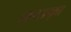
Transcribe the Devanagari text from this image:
ज्ञानसहकृत